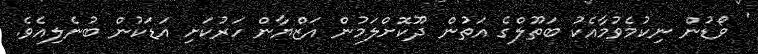
' ވޯޑުން ނިކުމެވުމާއެކު ބަތޫލްގެ އަތުން ދޫކޮށްލަމުން އަޒްޔާން ހަރުކަށި އަޑަކުން ބުނެލިއެވެ.